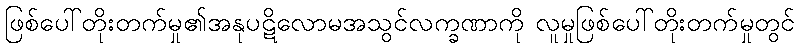
ဖြစ်ပေါ်တိုးတက်မှု၏အနုပဋိလောမအသွင်လက္ခဏာကို လူမှုဖြစ်ပေါ်တိုးတက်မှုတွင်